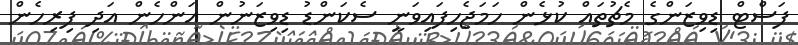
ފަސްޓް ޑިވިޒަންގެ މެޗުތައް ކުޅެން ހަމަޖެހިފައިވަނީ ސެކަންޑު ޑިވިޒަނުން އަންހެން އަދި ފިރިހެން